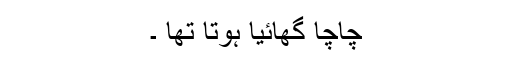
چاچا گھائیا ہوتا تھا ۔